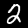
Digit: 2